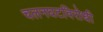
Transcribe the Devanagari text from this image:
चलनघटविरोधी